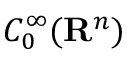
C _ { 0 } ^ { \infty } ( \mathbf { R } ^ { n } )